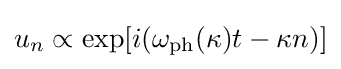
u_{n}\propto \exp[i(\omega _{\text{ph}}(\kappa )t-\kappa n)]